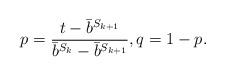
LaTeX: \begin{align*}p = \frac{t - \bar{b}^{S_{k+1}}}{\bar{b}^{S_k} - \bar{b}^{S_{k+1}}}, q = 1 - p.\end{align*}